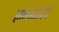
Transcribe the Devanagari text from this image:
सन्नतपर्व